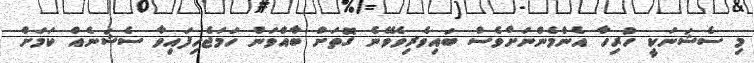
މި ސެޝަނަކީ ހުރިހާ އެންމެންނަށްވެސް ބައިވެރިވެވޭނެ ގޮތަށްް ބާއްވަން ހަމަޖެހިފައިވާ ސެޝަނެއް ކަމަށް